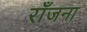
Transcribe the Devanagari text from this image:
राँजना